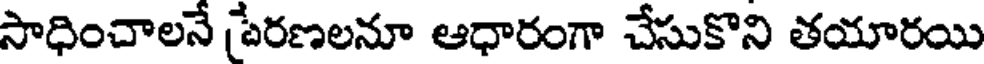
సాధించాలనే పేరణలనూ ఆధారంగా చేసుకొని తయారయి